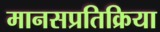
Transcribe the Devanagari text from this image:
मानसप्रतिक्रिया